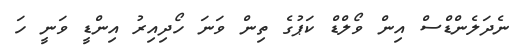
ނެދަލެންޑްސް އިން ވޯލްޑް ކަޕުގެ ތިން ވަނަ ހޯދިއިރު އިންޑީ ވަނީ ހަ